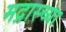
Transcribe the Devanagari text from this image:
मद्रास्च्या